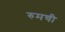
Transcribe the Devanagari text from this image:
रुमची